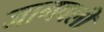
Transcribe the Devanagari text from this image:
जानवली